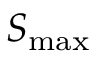
S _ { \mathrm { m a x } }